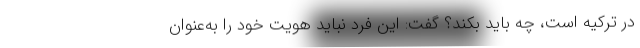
در ترکیه است، چه باید بکند؟ گفت: این فرد نباید هویت خود را به‌عنوان